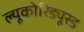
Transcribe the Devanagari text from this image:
ल्यूकोरिड्यूस्ड